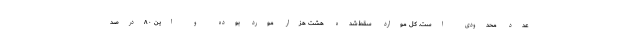
عدد محدودی است. کل موارد سقط‌شده هشت هزار مورد بوده و این ۸۰درصد